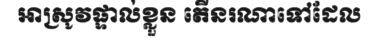
អាស្រូវផ្ទាល់ខ្លួន តើនរណាទៅដែល